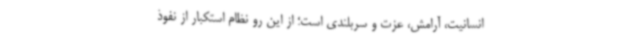
انسانیت، آرامش، عزت و سربلندی است؛ از این رو نظام استکبار از نفوذ